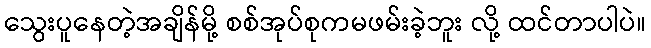
သွေးပူနေတဲ့အချိန်မို့ စစ်အုပ်စုကမဖမ်းခဲ့ဘူး လို့ ထင်တာပါပဲ။